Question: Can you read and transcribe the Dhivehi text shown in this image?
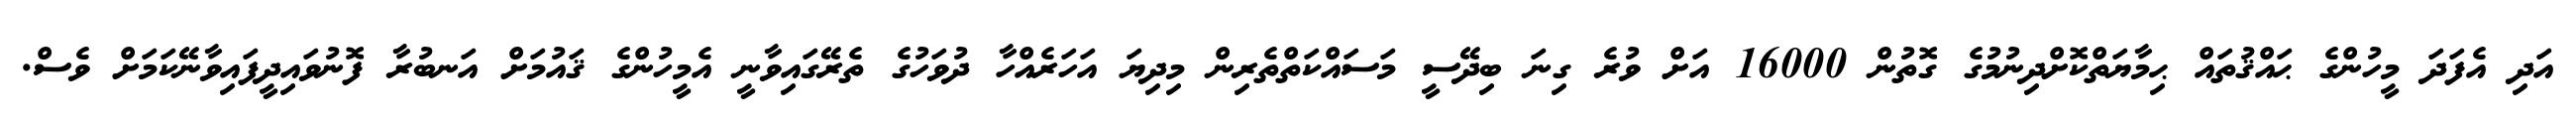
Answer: އަދި އެފަދަ މީހުންގެ ޙައްޤުތައް ޙިމާޔަތްކޮށްދިނުމުގެ ގޮތުން 16000 އަށް ވުރެ ގިނަ ބިދޭސީ މަސައްކަތްތެރިން މިދިޔަ އަހަރެއްހާ ދުވަހުގެ ތެރޭގައިވާނީ އެމީހުންގެ ޤައުމަށް އަނބުރާ ފޮނުވައިދީފައިވާނޭކަމަށް ވެސް.